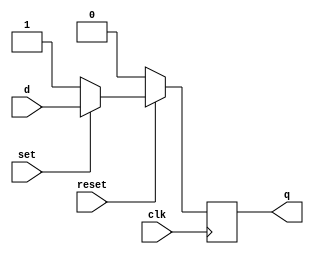
`timescale 1ns / 1ps
//////////////////////////////////////////////////////////////////////////////////
// Company: 
// Engineer: 
// 
// Design Name: 
// Module Name: D_FF
// Project Name: 
// Target Devices: 
// Tool Versions: 
// Description: 
// 
// Dependencies: 
// 
// Revision:
// Revision 0.01 - File Created
// Additional Comments:
// 
//////////////////////////////////////////////////////////////////////////////////

//DFF with synchronous set and reset

module D_FF(
    input d, set,reset, clk,
    output reg q
    );
    
    // change condition to always @ (posedge clk or negedge set or negedge reset)
    // for asynchronous set and reset
    always @ (posedge clk)
    begin
        if (reset == 0)
            q <= 0;
        else if (set == 0)
            q <= 1;
        else
            q <= d;
    end
endmodule